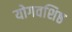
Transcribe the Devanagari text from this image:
योगवशिष्ठ